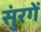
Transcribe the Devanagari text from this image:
सुंरगें